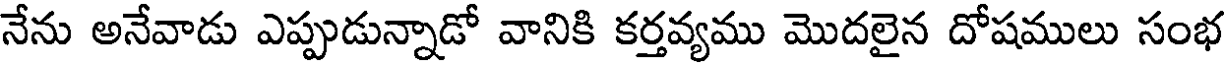
నేను అనేవాడు ఎప్పుడున్నాడో వానికి కర్తవ్యము మొదలైన దోషములు సంభ